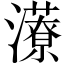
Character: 𱪁